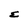
Character: E